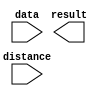
// megafunction wizard: %LPM_CLSHIFT%VBB%
// GENERATION: STANDARD
// VERSION: WM1.0
// MODULE: LPM_CLSHIFT 

// ============================================================
// Megafunction Name(s):
// 			LPM_CLSHIFT
//
// Simulation Library Files(s):
// 			
// ============================================================
// ************************************************************
// THIS IS A WIZARD-GENERATED FILE. DO NOT EDIT THIS FILE!
//
// 13.0.1 Build 232 06/12/2013 SP 1 SJ Web Edition
// ************************************************************

//Copyright (C) 1991-2013 Altera Corporation
//Your use of Altera Corporation's design tools, logic functions 
//and other software and tools, and its AMPP partner logic 
//functions, and any output files from any of the foregoing 
//(including device programming or simulation files), and any 
//associated documentation or information are expressly subject 
//to the terms and conditions of the Altera Program License 
//Subscription Agreement, Altera MegaCore Function License 
//Agreement, or other applicable license agreement, including, 
//without limitation, that your use is for the sole purpose of 
//programming logic devices manufactured by Altera and sold by 
//Altera or its authorized distributors.  Please refer to the 
//applicable agreement for further details.

module shl (
	data,
	distance,
	result);

	input	[31:0]  data;
	input	[4:0]  distance;
	output	[31:0]  result;

endmodule

// ============================================================
// CNX file retrieval info
// ============================================================
// Retrieval info: PRIVATE: INTENDED_DEVICE_FAMILY STRING "Cyclone II"
// Retrieval info: PRIVATE: LPM_SHIFTTYPE NUMERIC "0"
// Retrieval info: PRIVATE: LPM_WIDTH NUMERIC "32"
// Retrieval info: PRIVATE: SYNTH_WRAPPER_GEN_POSTFIX STRING "0"
// Retrieval info: PRIVATE: lpm_widthdist NUMERIC "5"
// Retrieval info: PRIVATE: lpm_widthdist_style NUMERIC "0"
// Retrieval info: PRIVATE: new_diagram STRING "1"
// Retrieval info: PRIVATE: port_direction NUMERIC "0"
// Retrieval info: LIBRARY: lpm lpm.lpm_components.all
// Retrieval info: CONSTANT: LPM_SHIFTTYPE STRING "LOGICAL"
// Retrieval info: CONSTANT: LPM_TYPE STRING "LPM_CLSHIFT"
// Retrieval info: CONSTANT: LPM_WIDTH NUMERIC "32"
// Retrieval info: CONSTANT: LPM_WIDTHDIST NUMERIC "5"
// Retrieval info: USED_PORT: data 0 0 32 0 INPUT NODEFVAL "data[31..0]"
// Retrieval info: USED_PORT: distance 0 0 5 0 INPUT NODEFVAL "distance[4..0]"
// Retrieval info: USED_PORT: result 0 0 32 0 OUTPUT NODEFVAL "result[31..0]"
// Retrieval info: CONNECT: @data 0 0 32 0 data 0 0 32 0
// Retrieval info: CONNECT: @direction 0 0 0 0 GND 0 0 0 0
// Retrieval info: CONNECT: @distance 0 0 5 0 distance 0 0 5 0
// Retrieval info: CONNECT: result 0 0 32 0 @result 0 0 32 0
// Retrieval info: GEN_FILE: TYPE_NORMAL shl.v TRUE
// Retrieval info: GEN_FILE: TYPE_NORMAL shl.inc FALSE
// Retrieval info: GEN_FILE: TYPE_NORMAL shl.cmp FALSE
// Retrieval info: GEN_FILE: TYPE_NORMAL shl.bsf TRUE FALSE
// Retrieval info: GEN_FILE: TYPE_NORMAL shl_inst.v FALSE
// Retrieval info: GEN_FILE: TYPE_NORMAL shl_bb.v TRUE